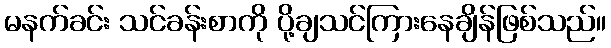
မနက်ခင်း သင်ခန်းစာကို ပို့ချသင်ကြားနေချိန်ဖြစ်သည်။